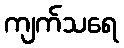
ကျက်သရေ